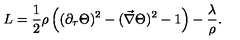
L = \frac { 1 } { 2 } \rho \left( ( \partial _ { \tau } \Theta ) ^ { 2 } - ( \vec { \nabla } \Theta ) ^ { 2 } - 1 \right) - \frac { \lambda } { \rho } .